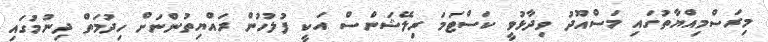
މިރަސްމިއްޔާތުގައި މަސްއޫދު ވިދާޅުވީ ކަސްޓަމަ ރިލޭޝަންސް އަކީ ފުލުހުން ރައްޔިތުންނަށް ހިދުމަތް ދިނުމުގައި